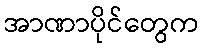
အာဏာပိုင်တွေက